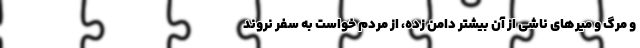
و مرگ و میرهای ناشی از آن بیشتر دامن زده، از مردم خواست به سفر نروند